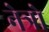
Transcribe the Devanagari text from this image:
नेत्रो